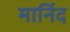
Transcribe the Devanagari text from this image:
मार्निद